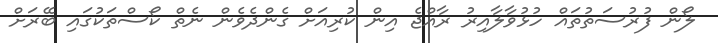
ލޯން ފުރުސަތުތައް ހުޅުވާލާއިރު ރާއްޖެ އިން ކުރިއަށް ގެންދެވެން ނެތް ކޯސްތަކުގައި ބޭރަށް